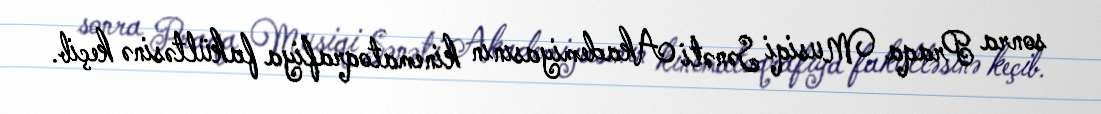
sonra Praqa Musiqi Sənəti Akademiyasının kinematoqrafiya fakültəsinə keçib.